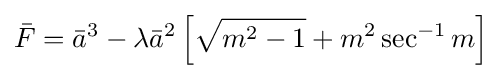
{\bar {F}}={\bar {a}}^{3}-\lambda {\bar {a}}^{2}\left[{\sqrt {m^{2}-1}}+m^{2}\sec ^{-1}m\right]